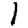
Digit: 1